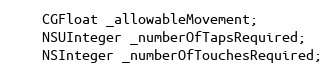
Language: C
    CGFloat _allowableMovement;
    NSUInteger _numberOfTapsRequired;
    NSInteger _numberOfTouchesRequired;